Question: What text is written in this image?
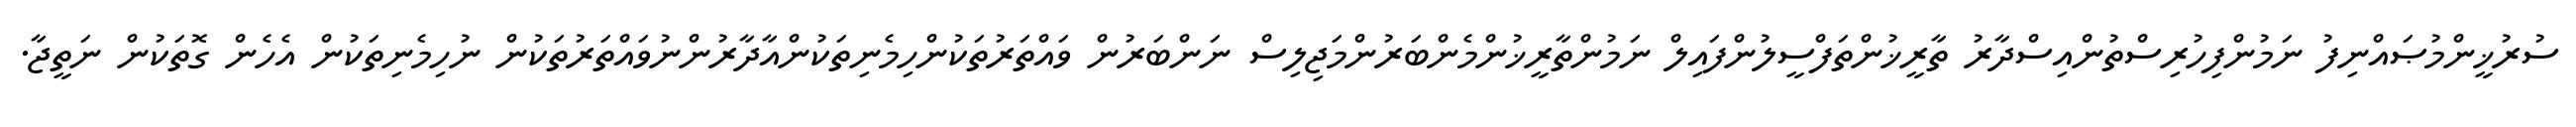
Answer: ސުރުޚީންމުޞައްނިފު ނަމުންފިހުރިސްތުންއިސްދާރު ތާރީޚުންތަފްސީލުންފައިލް ނަމުންތާރީޚުންމެންބަރުންމަޖިލިސް ނަންބަރުން ވައްތަރުތަކުންހިމެނިތަކުންއާދާރުންނުވައްތަރުތަކުން ނުހިމެނިތަކުން އެހެން ގޮތަކުން ނަތީޖާ.